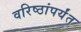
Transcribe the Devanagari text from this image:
वरिष्ठांपर्यंत